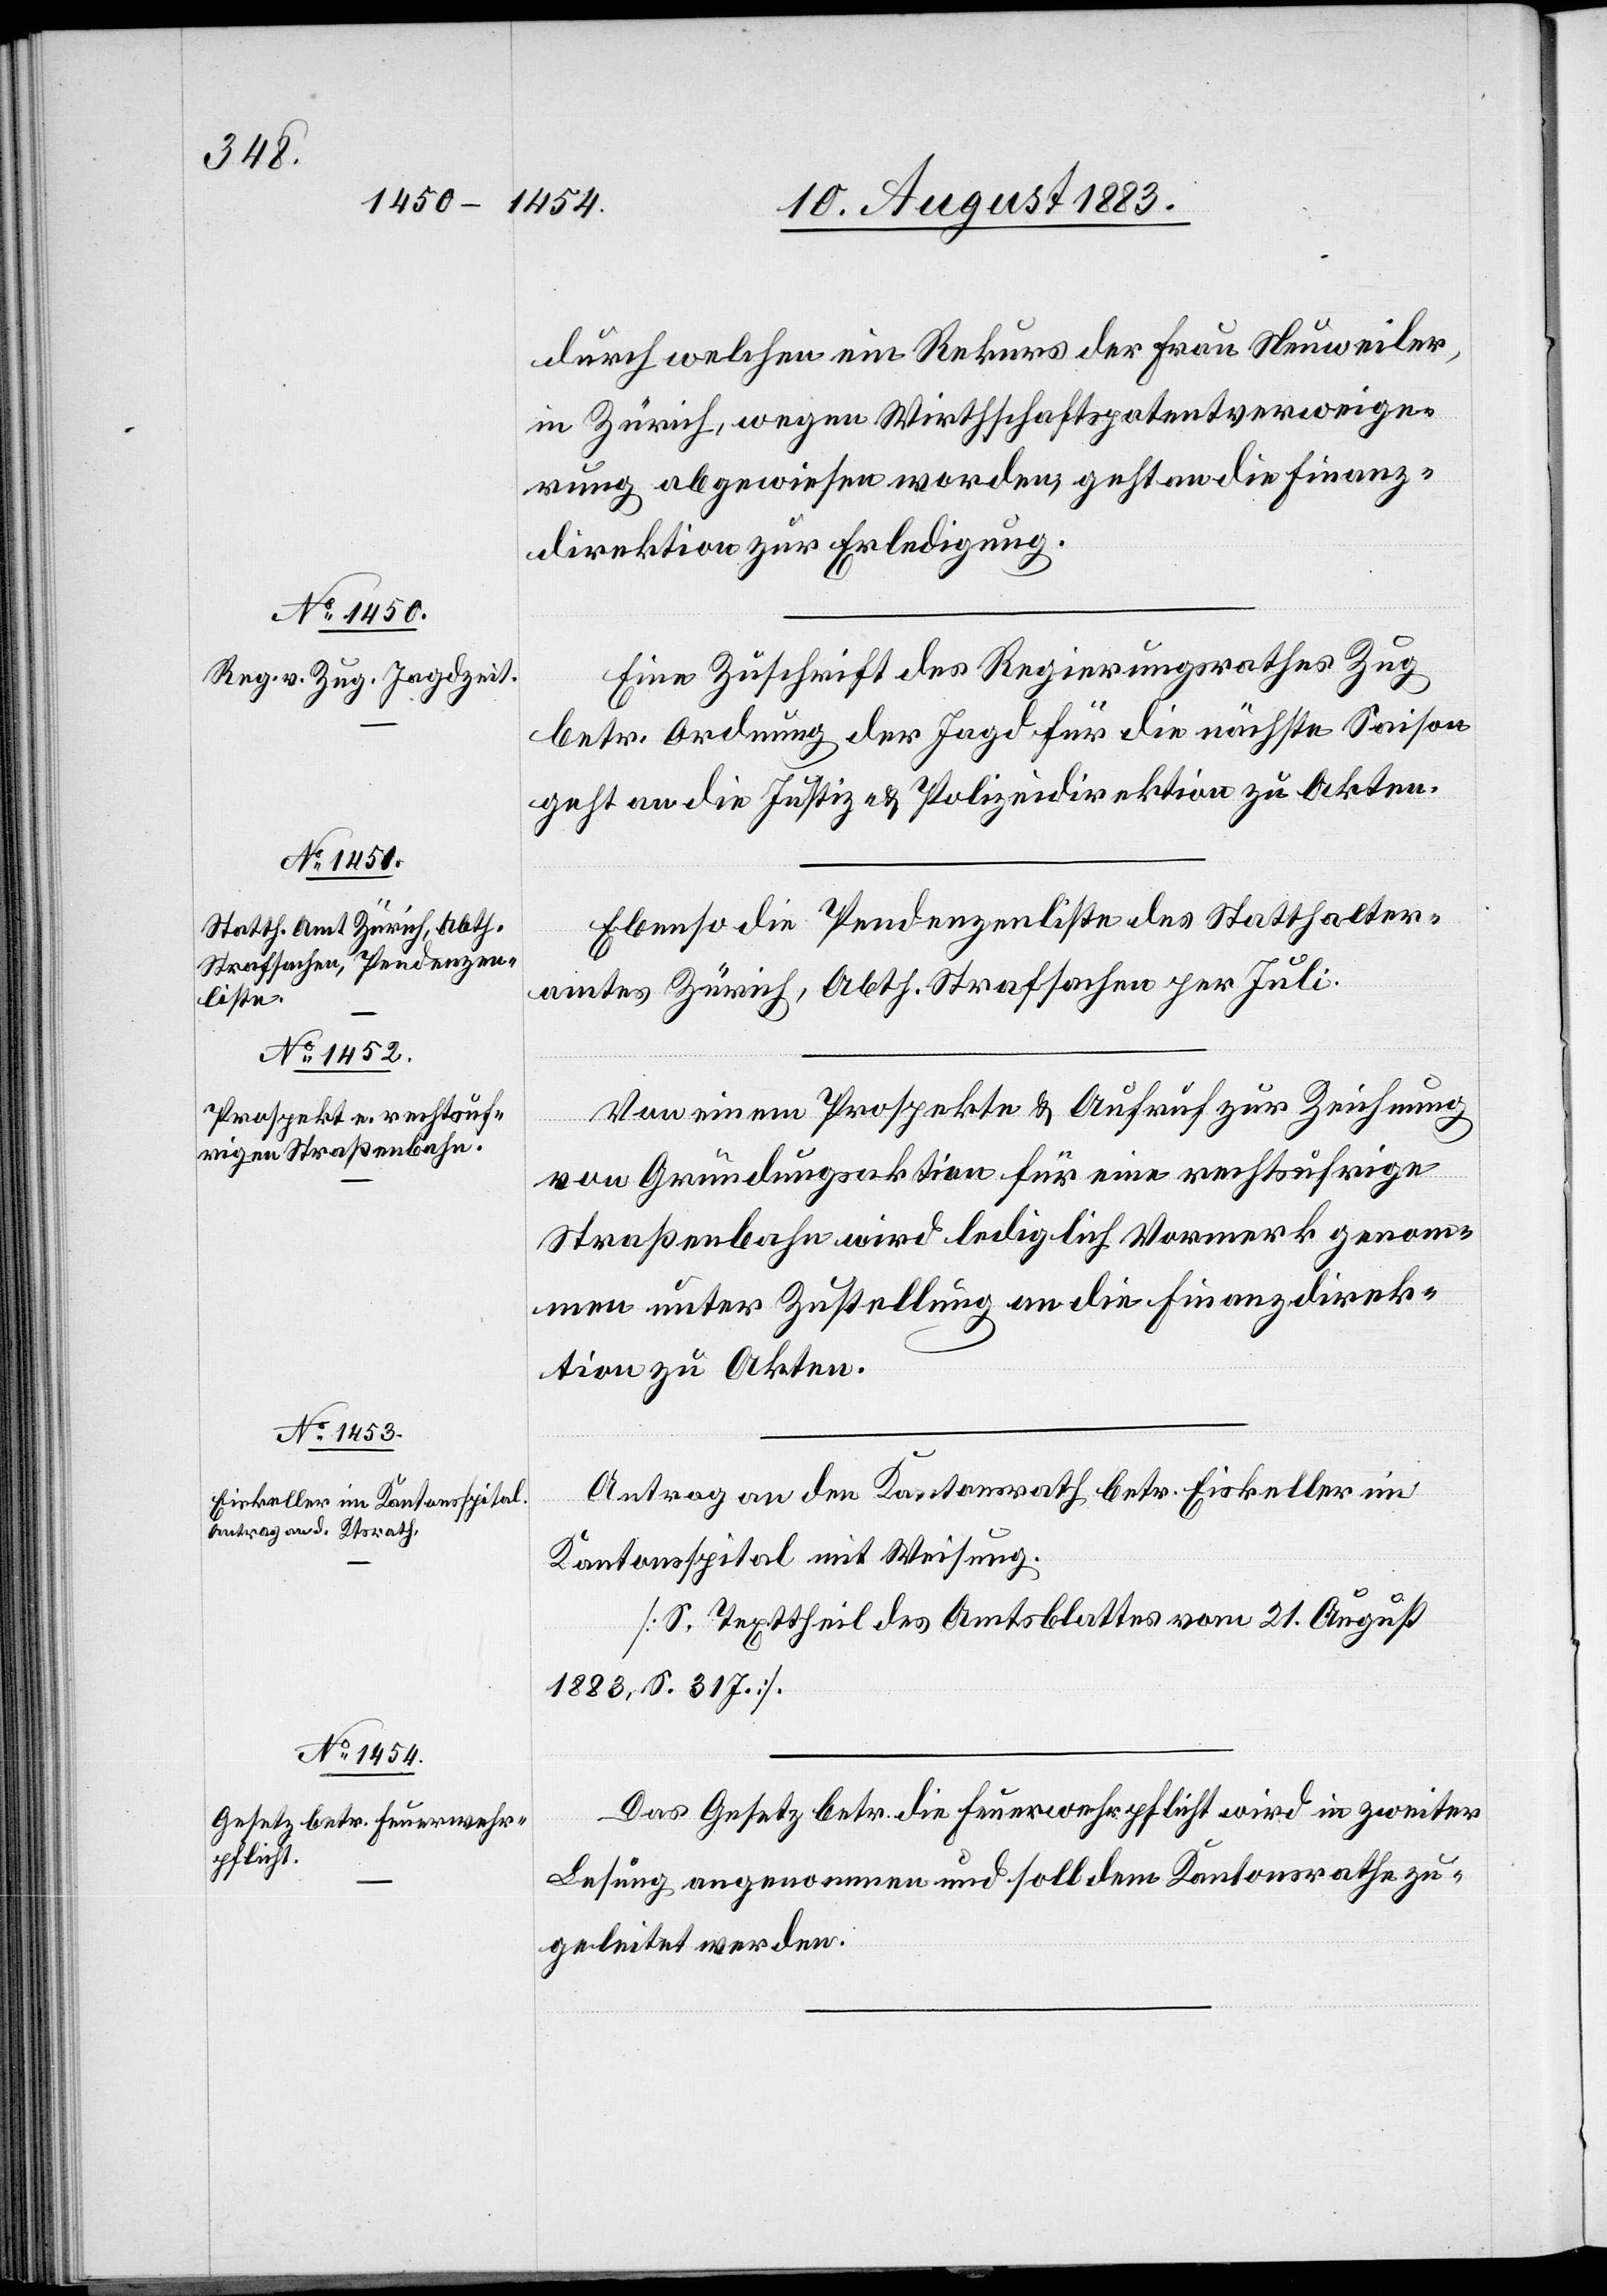
durch welchen ein Rekurs der Frau Neuweiler,
in Zürich, wegen Wirthschaftspatentverweige¬
rung abgewiesen worden, geht an die Finanz¬
direktion zur Erledigung.
Eine Zuschrift des Regierungsrathes Zug
betr. Ordnung der Jagd für die nächste Saison
geht an die Justiz- & Polizeidirektion zu Akten.
Ebenso die Pendenzenliste des Statthalter¬
amtes Zürich, Abth. Strafsachen per Juli.
Von einem Prospekte & Aufruf zur Zeichnung
von Gründungsaktien für eine rechtsufrige
Straßenbahn wird lediglich Vormerk genom¬
men unter Zuschrift an die Finanzdirek¬
tion zu Akten.
Antrag an den Kantonsrath betr. Eiskeller im
Kantonsspital mit Weisung.
[S. Texttheil des Amtsblattes vom 21. August
1883, S. 317].
Das Gesetz betr. die Feuerwehrpflicht wird in zweiter
Lesung angenommen und soll dem Kantonsrathe zu¬
geleitet werden.